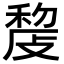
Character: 𢾨